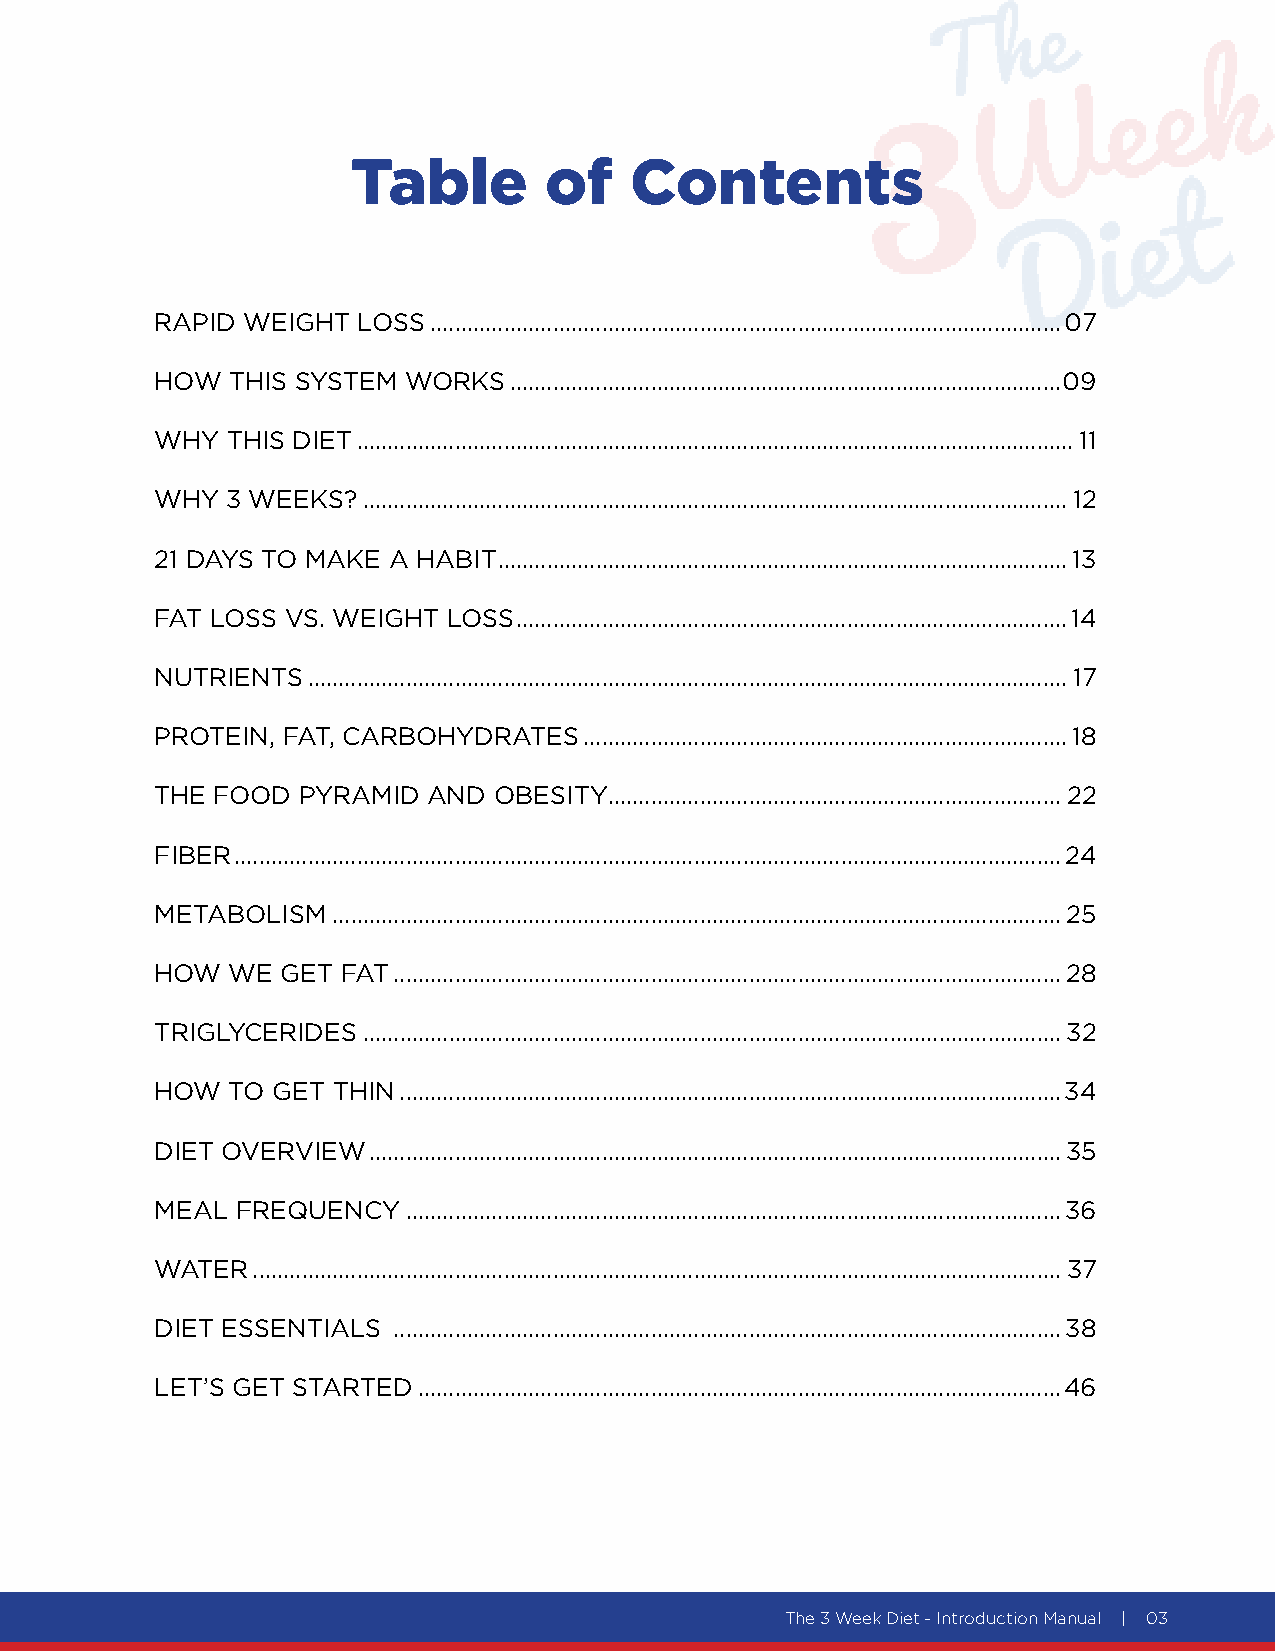
Table        of    Contents
 RAPID WEIGHT  LOSS .......................................................................................................07
 HOW  THIS SYSTEM WORKS  ..........................................................................................09
 WHY  THIS DIET .....................................................................................................................11
 WHY  3 WEEKS? ...................................................................................................................12
 21 DAYS TO MAKE A HABIT .............................................................................................13
 FAT LOSS VS. WEIGHT LOSS ..........................................................................................14
 NUTRIENTS ............................................................................................................................17
 PROTEIN, FAT, CARBOHYDRATES  ...............................................................................18
 THE FOOD  PYRAMID AND  OBESITY ..........................................................................22
 FIBER .......................................................................................................................................24
 METABOLISM  .......................................................................................................................25
 HOW  WE  GET FAT .............................................................................................................28
 TRIGLYCERIDES ..................................................................................................................32
 HOW  TO GET THIN ............................................................................................................34
 DIET OVERVIEW .................................................................................................................35
 MEAL  FREQUENCY  ...........................................................................................................36
 WATER  ....................................................................................................................................37
 DIET ESSENTIALS .............................................................................................................38
 LET’S GET STARTED .........................................................................................................46
 The 3 Week Diet - Introduction Manual | 03